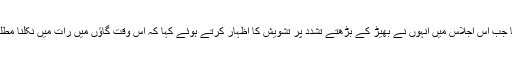
24 جولائی کی صبح کی بات ہے، مجھے تب جھٹکا لگا جب اس اجلاس میں انہوں نے بھیڑ کے بڑھتے تشدد پر تشویش کا اظہار کرتے ہوئے کہا کہ اس وقت گاؤں میں رات میں نکلنا مطلب جان کا خطرہ مول لینا ہے ؛ آپ کو بھیڑ مار ڈالے‌گی۔